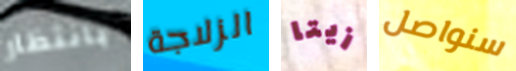
بانتظار الزلاجة زيتا سنواصل